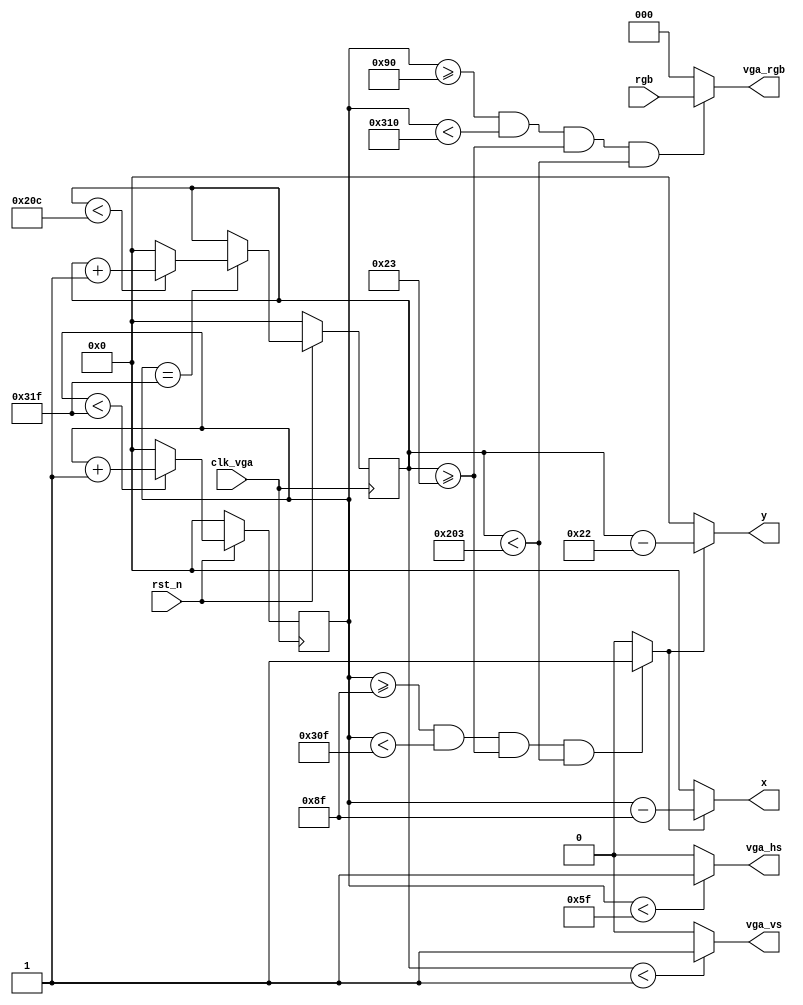
module vga_driver (
	input clk_vga,
	input rst_n,
	
	input [2:0] rgb,
	output [9:0] x,
	output [9:0] y,
	
	output vga_hs,
	output vga_vs,
	output [2:0] vga_rgb
);

parameter H_SYNC = 10'd96;
parameter H_BACK = 10'd48;
parameter H_DISP = 10'd640;
parameter H_FRONT = 10'd16;
parameter H_TOTAL = 10'd800;

parameter V_SYNC = 10'd2;
parameter V_BACK = 10'd33;
parameter V_DISP = 10'd480;
parameter V_FRONT = 10'd10;
parameter V_TOTAL = 10'd525;


// cnt for ver and hor
reg [9:0] cnt_v;
reg [9:0] cnt_h;

assign vga_hs = (cnt_h < H_SYNC - 1) ? 1 : 0;
assign vga_vs = (cnt_v < V_SYNC - 1) ? 1 : 0;

// when the data need to send
wire data_en;
assign data_en = (cnt_h >= H_SYNC + H_BACK) && (cnt_h < H_SYNC + H_BACK + H_DISP) &&
						(cnt_v >= V_SYNC + V_BACK) && (cnt_v < V_SYNC + V_BACK + V_DISP);
assign vga_rgb = data_en ? rgb : 2'b0;

// detect when need to request data, 1 clk before
wire data_req;
assign data_req = ((cnt_h >= H_SYNC + H_BACK - 1) && (cnt_h < H_SYNC + H_BACK + H_DISP - 1) &&
						(cnt_v >= V_SYNC + V_BACK) && (cnt_v < V_SYNC + V_BACK + V_DISP)) ? 1 : 0;	
assign x = data_req ? (cnt_h - (H_SYNC + H_BACK - 1)) : 0;
assign y = data_req ? (cnt_v - (V_SYNC + V_BACK - 1)) : 0;

// counter for Vsync and Hsync
always @ (posedge clk_vga) begin
	if (!rst_n)
		cnt_h <= 0;
	else begin
		if (cnt_h < H_TOTAL - 1)
			cnt_h <= cnt_h + 1;
		else
			cnt_h <= 0;
	end
end

always @ (posedge clk_vga) begin
	if (!rst_n)
		cnt_v <= 0;
	else begin
		if (cnt_h == H_TOTAL - 1) begin
			if (cnt_v < V_TOTAL - 1)
				cnt_v <= cnt_v + 1;
			else
				cnt_v <= 0;
		end else
			cnt_v <= cnt_v;
	end
end




endmodule